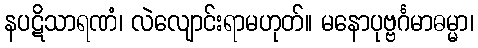
နပဋိသာရဏံ၊ လဲလျောင်းရာမဟုတ်။ မနောပုဗ္ဗင်္ဂမာဓမ္မာ၊